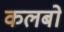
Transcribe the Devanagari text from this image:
कलबो